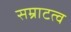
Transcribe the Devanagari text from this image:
सम्राटत्व